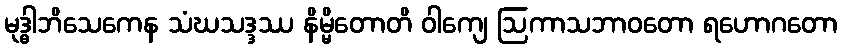
မုဒ္ဓါဘိသေကေန သံဃသဒ္ဒဿ နိမ္မိတောတိ ဝါကျေ ဩကာသဘာဝတော ရဟောဂတော